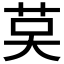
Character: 𦮥